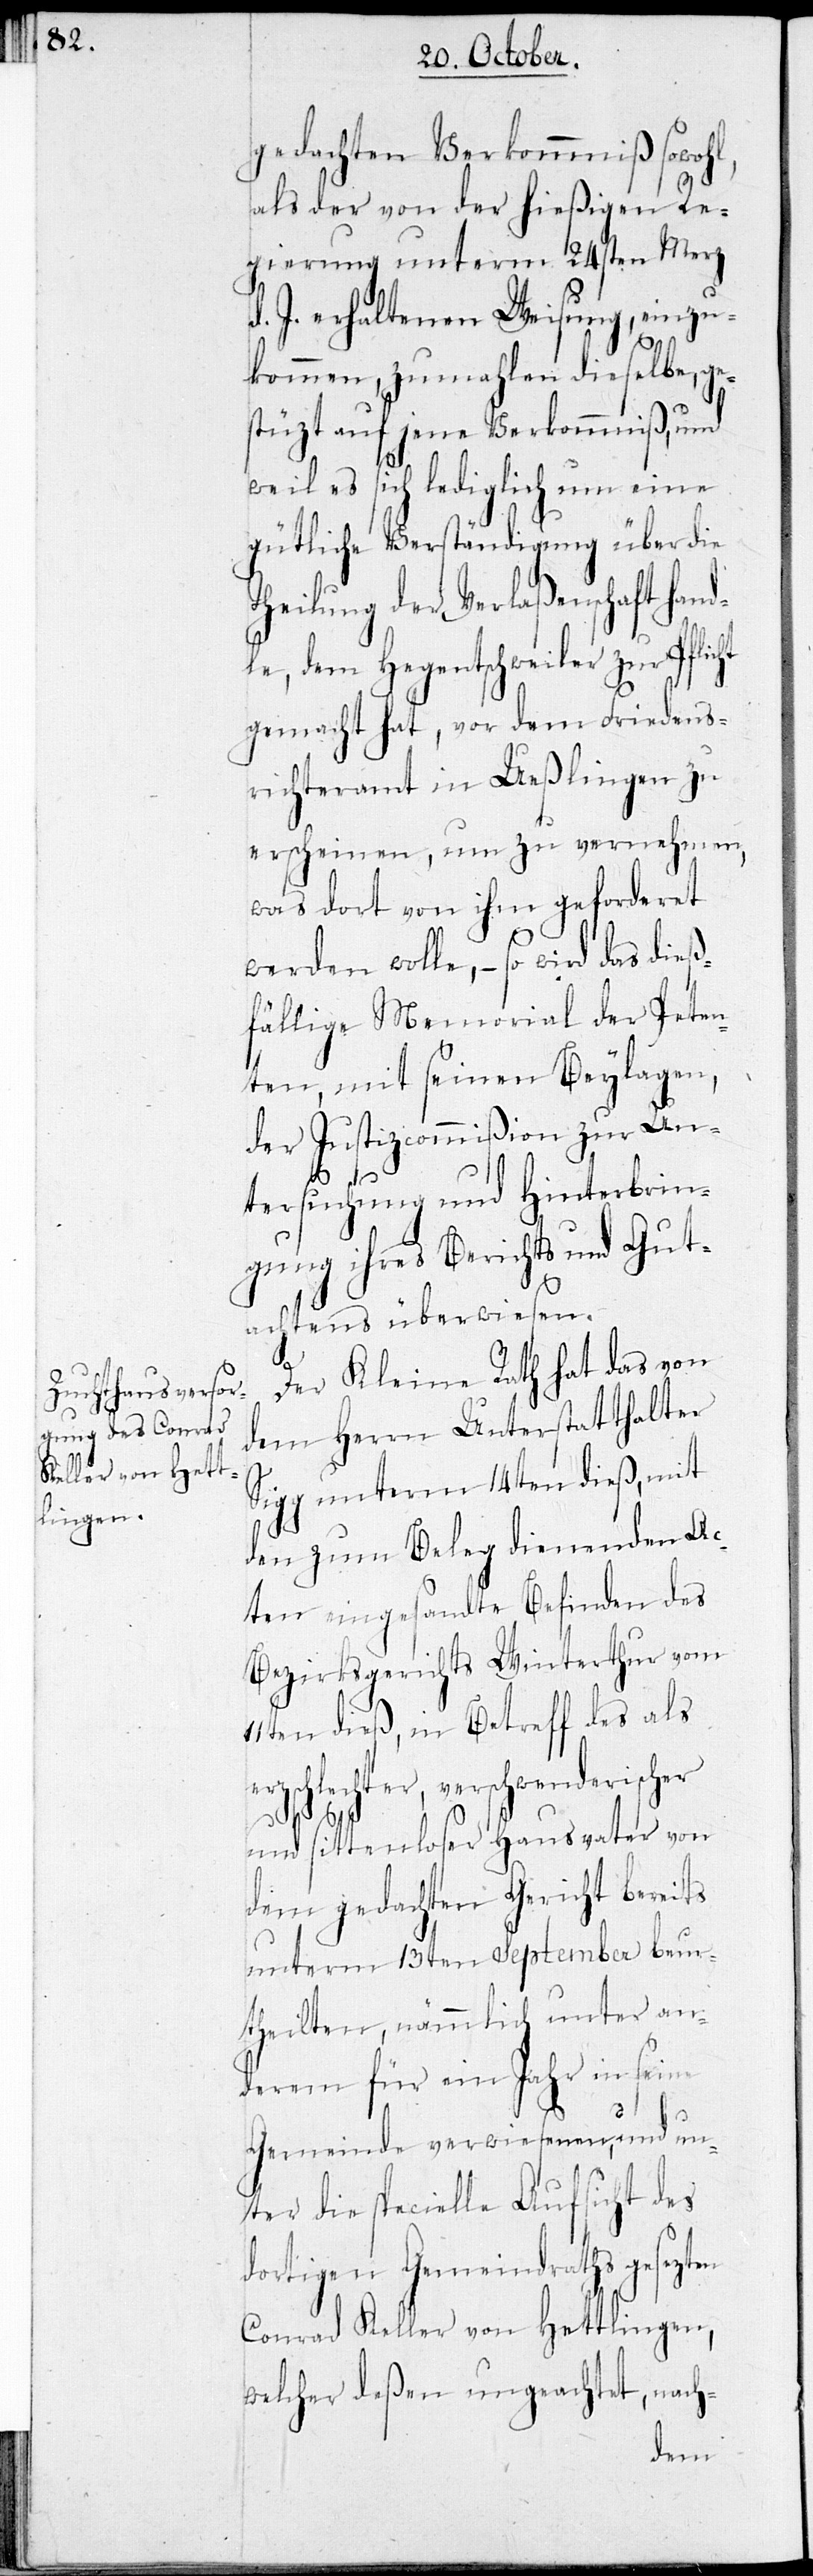
ht

gedachten Verkommniß sowohl,
als der von der hießigen Re¬
gierung unterm 24sten Merz
d. J. erhaltenen Weisung, einzu¬
kommen, zumahlen dieselbe, g¬
estüzt auf jene Verkommniß, und
weil es sich lediglich um eine
gütliche Verständigung über die
Theilung der Verlaßenschaft hand¬
le, dem Hegentschweiler zur Pflic¬
gemacht hat, vor dem Friedens¬
richteramt in Ueßlingen zu
erscheinen, um zu vernehmen,
was dort von ihm geforderet
werden wolle, – so wird das dieß¬
fällige Memorial der Peten¬
ten, mit seinen Beylagen
der Justizcommißion zur Un¬
tersuchung und Hinterbrin¬
gung ihres Berichts und Gut¬
achtens überwiesen.
Der Kleine Rath hat das von
dem Herrn Unterstatthalter
Sigg unterm 14ten dieß, mit
den zum Beleg dienenden A¬
cten eingesandte Befinden des
Bezirksgerichts Winterthur vom
11ten dieß, in Betreff des als
verschwenderischer
und sittenloser Hausvater von
dem gedachten Gericht bereits
unterm 13ten September beur¬
theilten, nämlich unter an¬
derem für ein Jahr in seine
Gemeinde verwiesenen, und un¬
ter die specielle Aufsicht des
dortigen Gemeindraths gesezten
Conrad Keller von Hettlingen,
welcher deßen ungeachtet, nach-